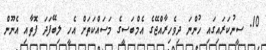
10. ސީނުކަރައިގައި ހުންނަ ދިވެހިރާއްޖޭގެ އެމްބަސީގެ މަސައްކަތަށް އެހީ ލިބޭފަދަ ފޮތާއި އެނޫން